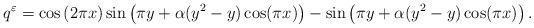
LaTeX: \begin{align*} q^\varepsilon = \cos \left( 2\pi x\right) \sin \left( \pi y+ \alpha (y^2-y)\cos (\pi x) \right) - \sin \left( \pi y+ \alpha (y^2-y)\cos (\pi x) \right) .\end{align*}